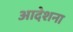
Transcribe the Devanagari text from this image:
आदेशना